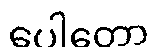
ပေါတော